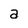
Character: a